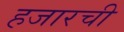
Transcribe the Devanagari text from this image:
हजारची